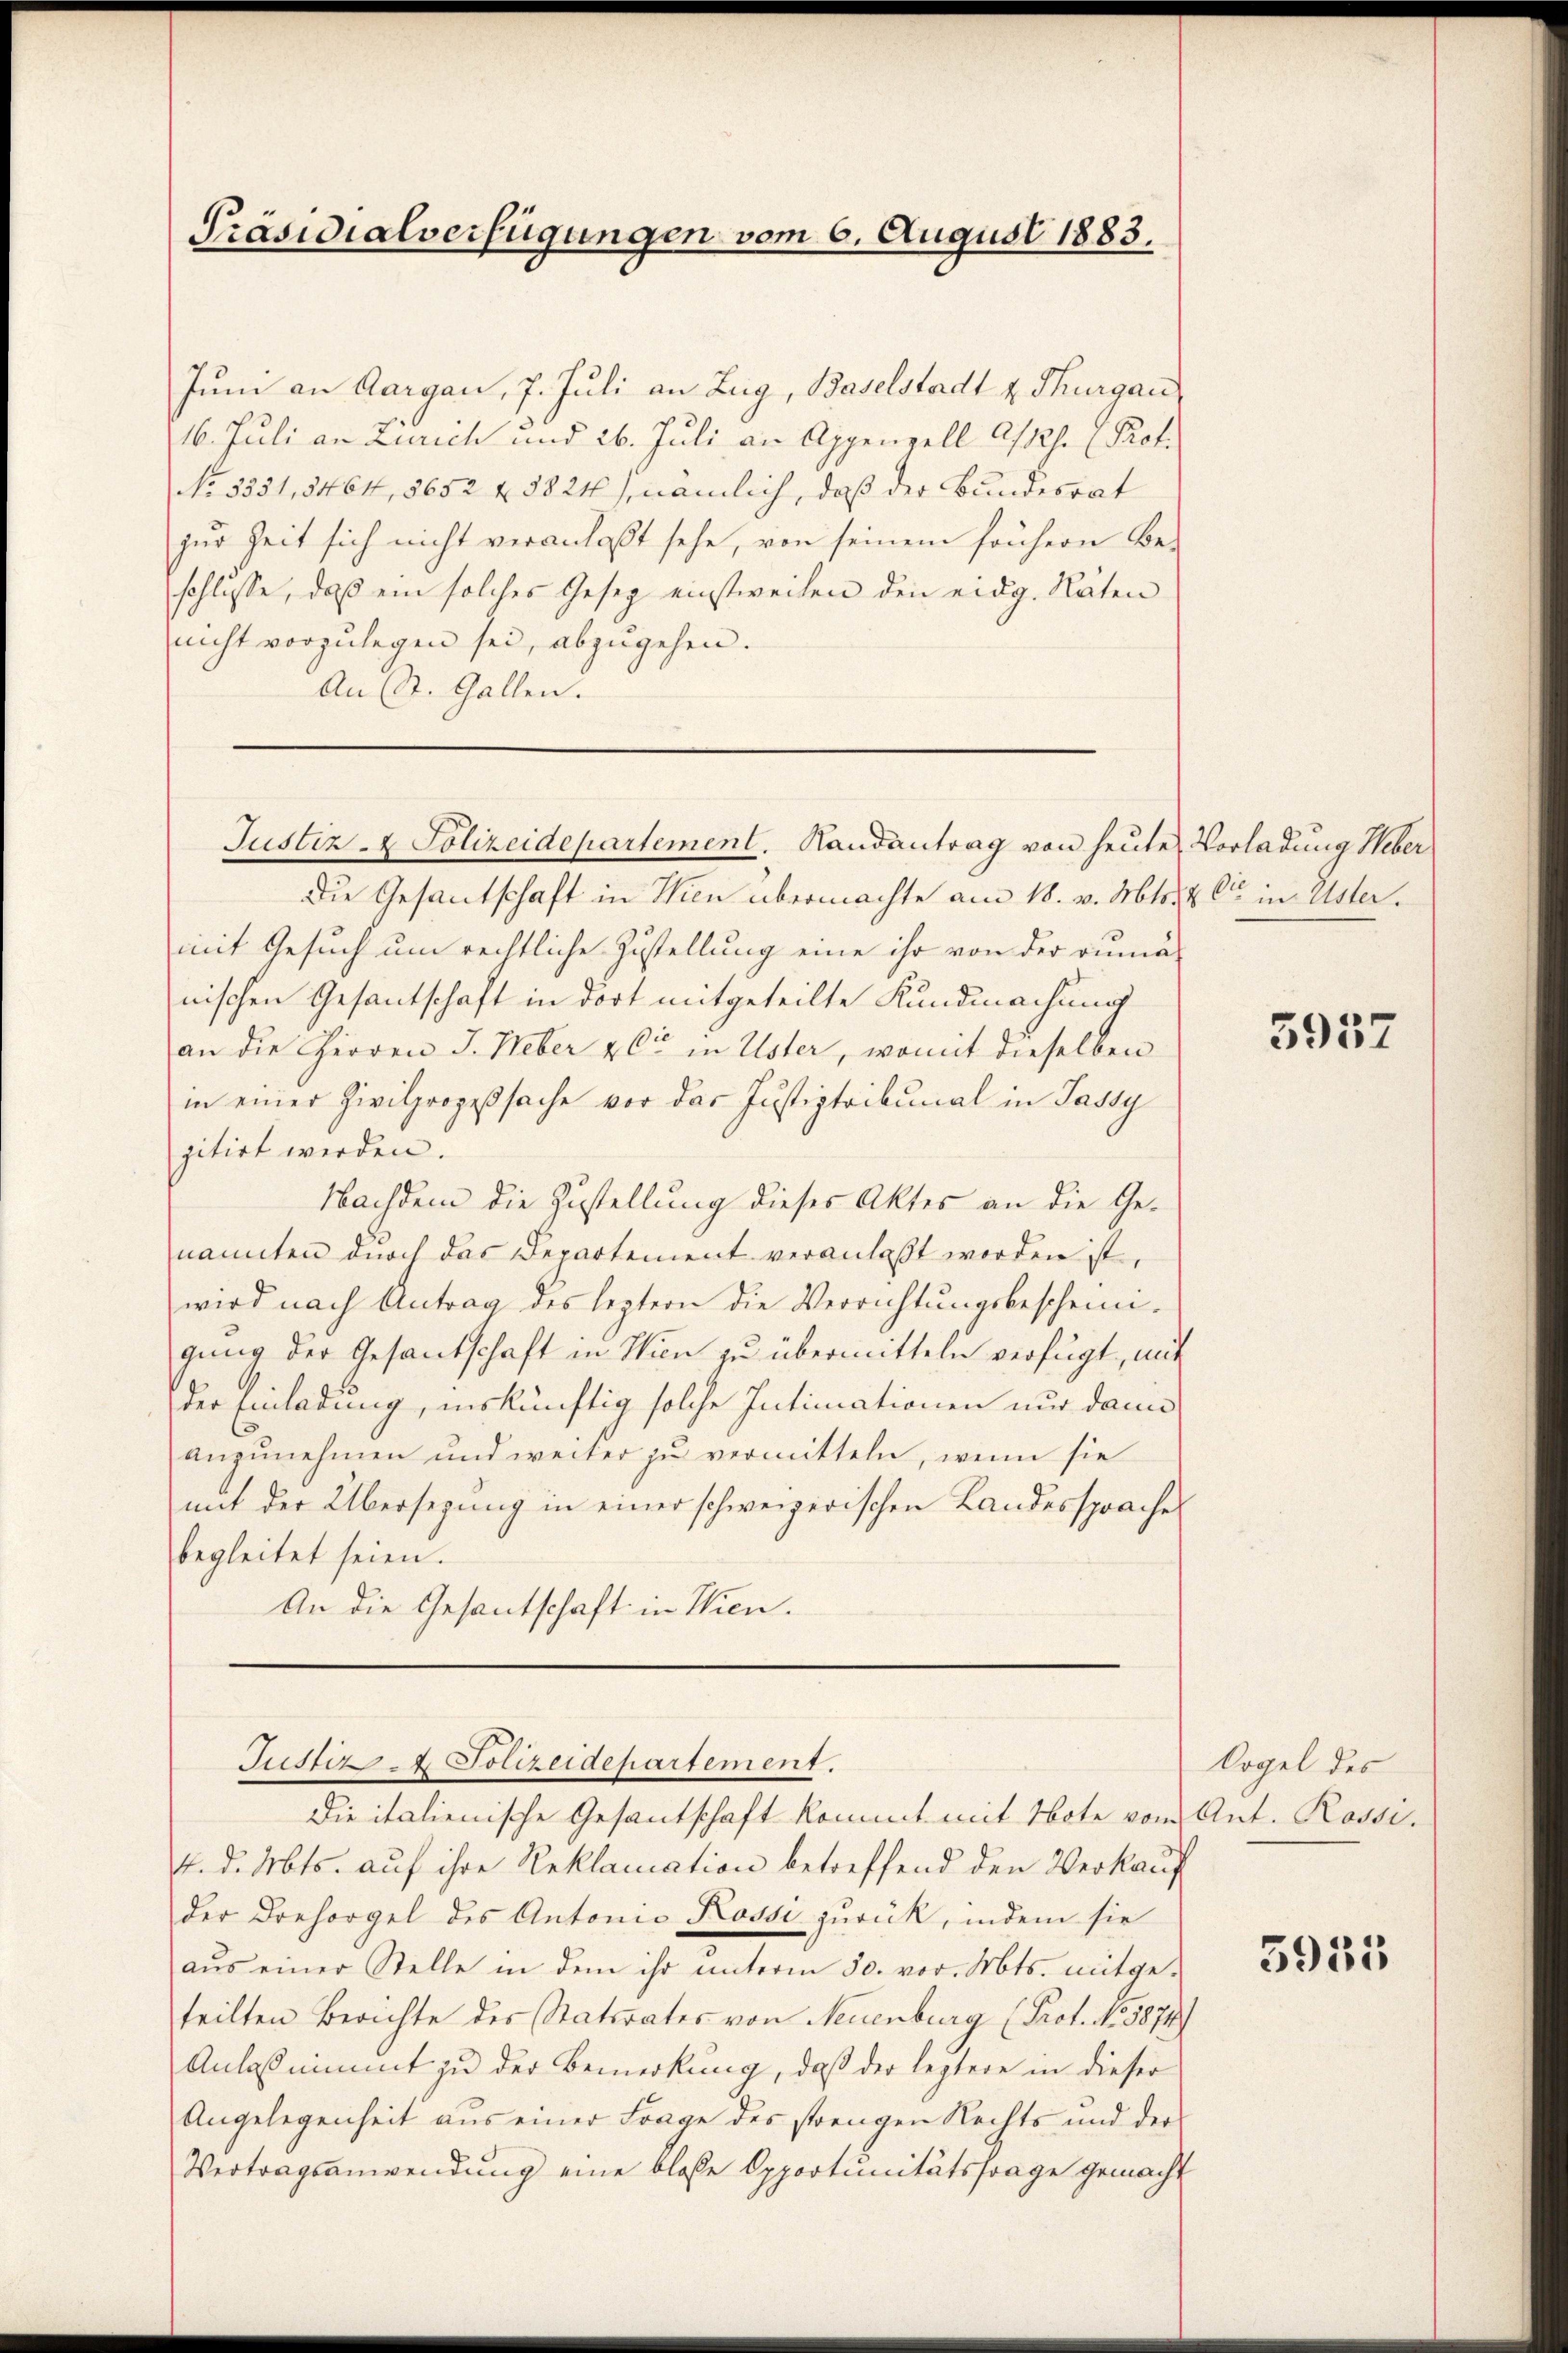
Präsidialverfügungen vom 6. August 1883.

Juni an Aargau, 7. Juli an Zug, Baselstadt v. Thurgau
16. Juli an Zürich und 26. Juli an Appenzell A/Rh. Prof.
No. 5351,5464, 5652 f. 3824), nämlich, daß der Bundesrat
zur Zeit sich nicht veranlaßt sehe, von seinem frühern Be-
schlüsse, daß ein solches Gesez einstweilen den eidg. Räten
nicht vorzulegen sei, abzugehen.
An St. Gallen.
Die Gesantschaft in Wien übermachte am 18. v. Mts. & Cie in Uster.
mit Gesuch um rechtliche Zustellung eine ihr von der rumä-
nischen Gesantschaft in dort mitgeteilte Kundmachung
an die Herren J. Weber & Cie in Uster, womit dieselben
in einer Zivilprozeßsache vor der Justiztribunal in Jassy
zitirt werden.
Nachdem die Zustellung dieses Aktes an die Genannten durch das Departement veranlaßt worden ist.
wird nach Antrag des leztern die Verrichtŭngsbescheini-
gŭng der Gesantschaft in Wien zu übermitteln verfügt, mit
der Einladung, inskünftig solche Intimationen nur dann
anzunehmen und weiter zu vermitteln, wenn sie
mit der Übersegung in einer schweizerischen Landessprache
begleitet seien.
An die Gesantschaft in Wien.

Justiz- & Polizeidepartement. Handantrag von heute Vorladung Weber

Justiz & Polizeidepartement.
Die italienische Gesantschaft kommt mit Note vom Ant. Rossi¬

4. d. Mts. auf ihre Reklamation betreffend den Verkauf
der Drehorgel des Antonie Kossi zurück, indem sie
aŭs einer Stelle in dem ihr ŭnterm 30. vor. Mts. mitge-
teilten Berichte des Statsrates von Neuenburg (Prot. No 3874)
Anlass nimmt zu der Bemerkung, daß der leztere in dieser
Angelegenheit aus einer Frage des strengen Rechts und der
Vertragsanwendung eine bloße Opportunitätsfrage gemacht

5957

Oogel des

5935